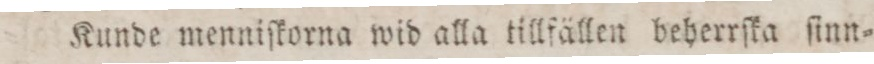
Kunde menniſkorna wid alla tillfällen beherrſka ſinn=